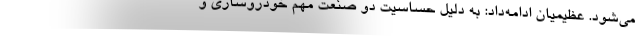
می‌شود. عظیمیان ادامه‌داد: به دلیل حساسیت دو صنعت مهم خودروسازی و